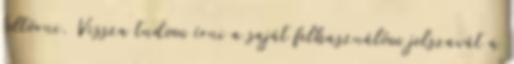
feltörni. Vissza tudom írni a saját felhasználóm jelszavát a